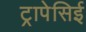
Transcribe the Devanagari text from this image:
ट्रापेसिई